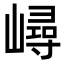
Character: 𡼢